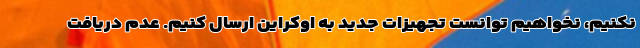
نکنیم، نخواهیم توانست تجهیزات جدید به اوکراین ارسال کنیم. عدم دریافت